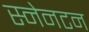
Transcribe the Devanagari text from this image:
स्नेनटन